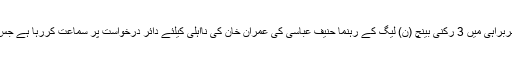
تفصیلات کے مطابق چیف جسٹس پاکستان میاں ثاقب نثار کی سربراہی میں 3 رکنی بینچ (ن) لیگ کے رہنما حنیف عباسی کی عمران خان کی نااہلی کیلئے دائر درخواست پر سماعت کررہا ہے جس میں حنیف عباسی کے وکیل جواب الجواب دلائل دے رہے ہیں۔